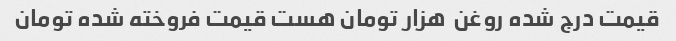
قیمت درج شده روغن  هزار تومان هست قیمت فروخته شده تومان